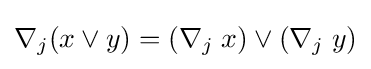
\nabla _{j}(x\vee y)=(\nabla _{j}\;x)\vee (\nabla _{j}\;y)